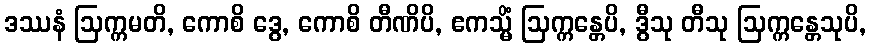
ဒဿနံ ဩက္ကမတိ, ကောစိ ဒွေ, ကောစိ တီဏိပိ, ဧကသ္မိံ ဩက္ကန္တေပိ, ဒွီသု တီသု ဩက္ကန္တေသုပိ,